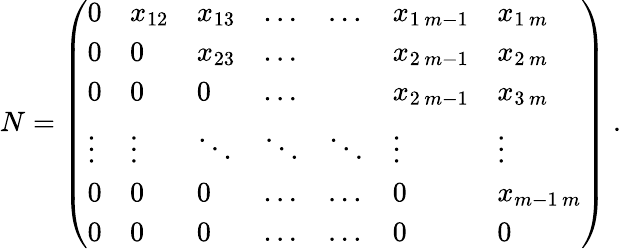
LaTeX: N=\left(\begin{array}{lllllll}{0}&{x_{12}}&{x_{13}}&{\ldots}&{\ldots}&{x_{1\, m-1}}&{x_{1\, m}}\\ {0}&{0}&{x_{23}}&{\ldots}&&{x_{2\, m-1}}&{x_{2\, m}}\\ {0}&{0}&{0}&{\ldots}&&{x_{2\, m-1}}&{x_{3\, m}}\\ {\vdots}&{\vdots}&{\ddots}&{\ddots}&{\ddots}&{\vdots}&{\vdots}\\ {0}&{0}&{0}&{\ldots}&{\ldots}&{0}&{x_{m-1\, m}}\\ {0}&{0}&{0}&{\ldots}&{\ldots}&{0}&{0}\end{array}\right)\ .